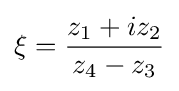
\xi ={\frac {z_{1}+iz_{2}}{z_{4}-z_{3}}}